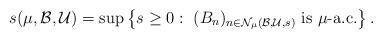
LaTeX: \begin{align*} s(\mu,\mathcal{B},\mathcal{U}) & =\sup\left\{s \geq 0 : \ (B_n)_{n\in\mathcal{N}_\mu(\mathcal{B},\mathcal{U},s)} \mbox{ is } \mu\mbox{-a.c.} \right\}. \end{align*}